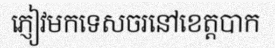
ភ្ញៀវមកទេសចរនៅខេត្តបាក